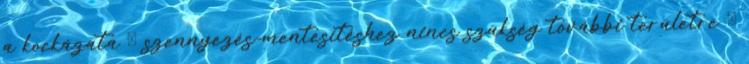
a kockázata  szennyezés-mentesítéshez nincs szükség további területre 